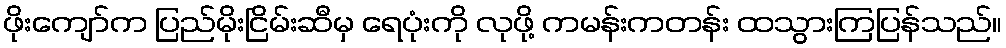
ဖိုးကျော်က ပြည်မိုးငြိမ်းဆီမှ ရေပုံးကို လုဖို့ ကမန်းကတန်း ထသွားကြပြန်သည်။